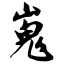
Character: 嵬